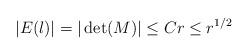
LaTeX: \begin{align*}|E(\l)|=|\det(M)|\le Cr\le r^{1/2}\end{align*}